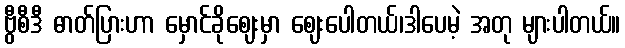
ဗွီစီဒီ ဓာတ်ပြားဟာ မှောင်ခိုဈေးမှာ ဈေးပေါတယ်၊ဒါပေမဲ့ အတု များပါတယ်။